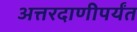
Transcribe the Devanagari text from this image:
अत्तरदाणीपर्यंत